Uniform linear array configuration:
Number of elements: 48
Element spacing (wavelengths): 0.25
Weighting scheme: blackman
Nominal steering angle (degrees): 15
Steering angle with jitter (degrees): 15.42
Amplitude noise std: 0.05
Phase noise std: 0.05

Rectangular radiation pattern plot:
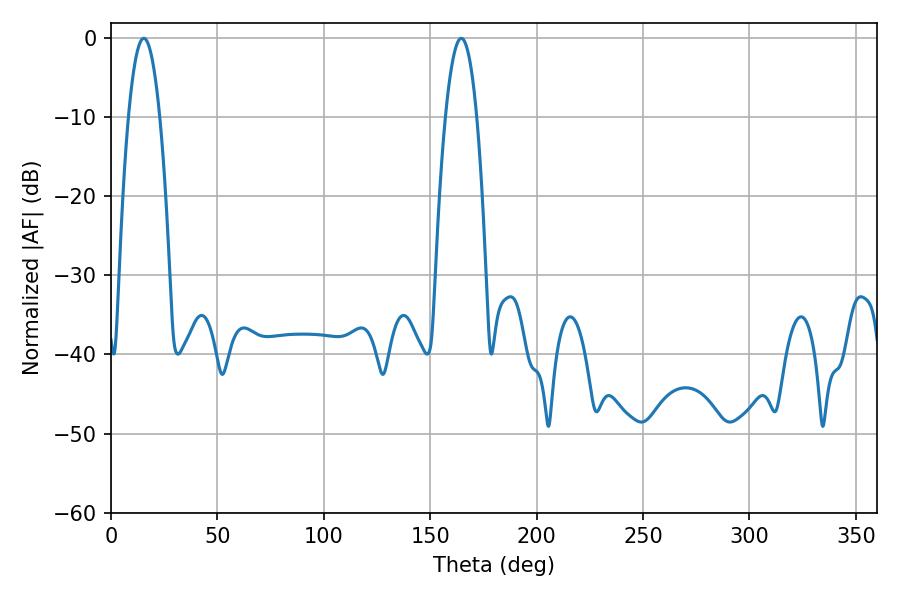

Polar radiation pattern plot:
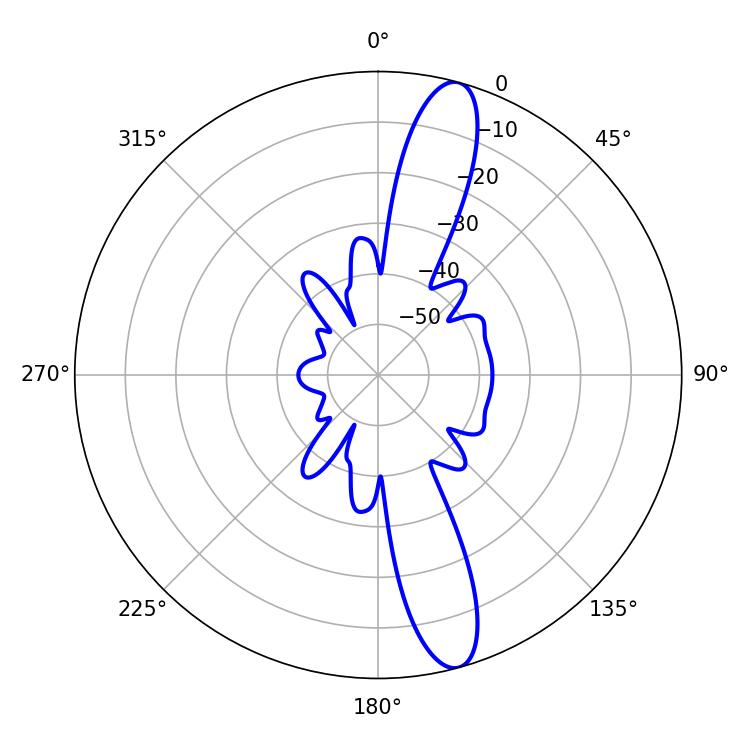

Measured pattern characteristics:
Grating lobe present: FALSE
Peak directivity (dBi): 13.91
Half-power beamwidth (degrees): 8.1
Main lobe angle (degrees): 164.52